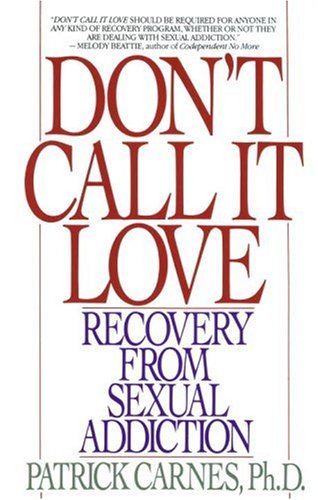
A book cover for Don't Call It Love: Recovery From Sexual Addiction; Patrick Carnes; Health, Fitness & Dieting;